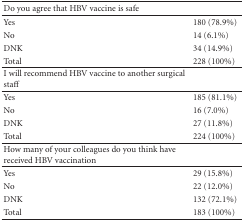
<table><thead><tr><td><b>Do you agree that HBV vaccine is safe</b></td><td></td></tr></thead><tbody><tr><td>Yes</td><td>180 (78.9%)</td></tr><tr><td>No</td><td>14 (6.1%)</td></tr><tr><td>DNK</td><td>34 (14.9%)</td></tr><tr><td>Total</td><td>228 (100%)</td></tr><tr><td>I will recommend HBV vaccine to another surgical staff</td><td></td></tr><tr><td>Yes</td><td>185 (81.1%)</td></tr><tr><td>No</td><td>16 (7.0%)</td></tr><tr><td>DNK</td><td>27 (11.8%)</td></tr><tr><td>Total</td><td>224 (100%)</td></tr><tr><td>How many of your colleagues do you think have received HBV vaccination</td><td></td></tr><tr><td>Yes</td><td>29 (15.8%)</td></tr><tr><td>No</td><td>22 (12.0%)</td></tr><tr><td>DNK</td><td>132 (72.1%)</td></tr><tr><td>Total</td><td>183 (100%)</td></tr></tbody></table>